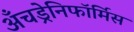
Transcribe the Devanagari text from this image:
अँचड्रेनिफॉर्मिस